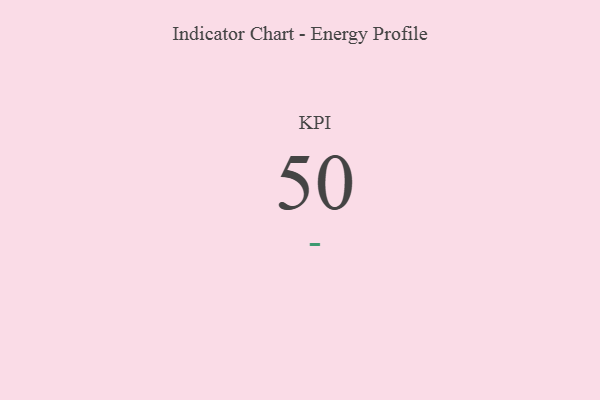
{"axis": {"x": "KPI", "y": "Value"}, "legend": [""], "data": [{"x": "KPI", "y": 50, "type": ""}]}